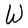
Character: W